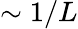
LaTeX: \sim 1/L